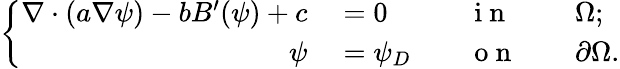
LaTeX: \left\{ \begin{array}{rlrlrl}{\nabla\cdot(a\nabla\psi)-bB^{\prime}(\psi)+c}&{{}=0}&{}&{{}\mathrm{~i~n~}}&{}&{{}\Omega;}\\ {\psi}&{{}=\psi_{D}}&{}&{{}\mathrm{~o~n~}}&{}&{{}\partial\Omega.}\end{array}\right.